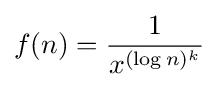
f(n)={\frac {1}{x^{(\log n)^{k}}}}